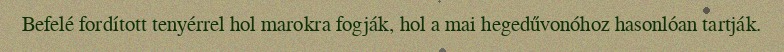
Befelé fordított tenyérrel hol marokra fogják, hol a mai hegedűvonóhoz hasonlóan tartják.